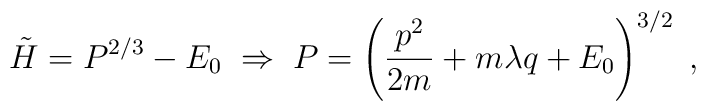
\tilde{H} = P^{2/3} - E_0 \; \Rightarrow \; P = \left (\frac{p^2}{ 2m } + m \lambda q + E_0 \right )^{3/2} \; ,